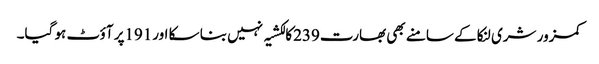
کمزور شری لنکا کے سامنے بھی بھارت239کا لکشیہ نہیں بنا سکا اور191پر آؤٹ ہو گیا۔